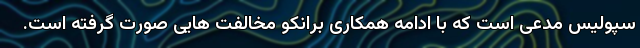
سپولیس مدعی است که با ادامه همکاری برانکو مخالفت هایی صورت گرفته است.